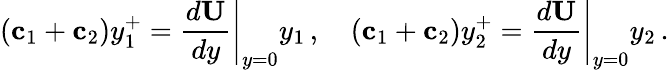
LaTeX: ({{\mathbf c}_{1}+{\mathbf c}_{2}})y_{1}^{+}=\left.\frac{d{\mathbf U}}{dy}\right|_{y=0}y_{1}\, ,\quad({{\mathbf c}_{1}+{\mathbf c}_{2}})y_{2}^{+}=\left.\frac{d{\mathbf U}}{dy}\right|_{y=0}y_{2}\, .